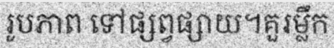
រូបភាព ទៅផ្សព្វផ្សាយ។គួរម្លឹក